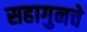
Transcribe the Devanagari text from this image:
सहागुनचे